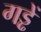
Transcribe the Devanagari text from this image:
गड्ढें